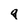
Character: q